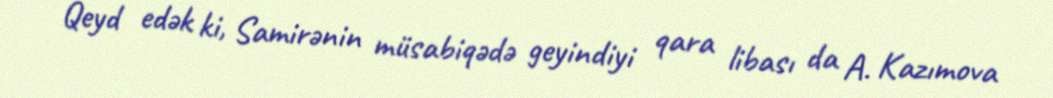
Qeyd edək ki, Samirənin müsabiqədə geyindiyi qara libası da A. Kazımova